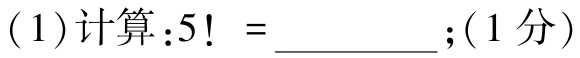
$(1)计算:5! = \underline{\qquad\qquad};(1分)$